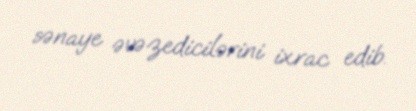
sənaye əvəzedicilərini ixrac edib.